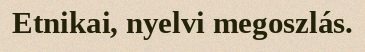
Etnikai, nyelvi megoszlás.